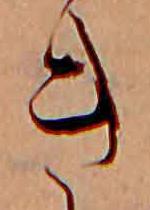
き